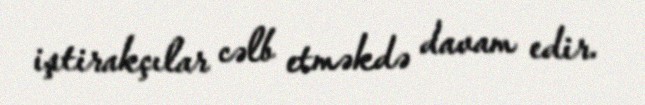
iştirakçılar cəlb etməkdə davam edir.